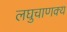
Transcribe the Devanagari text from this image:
लघुचाणक्य